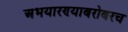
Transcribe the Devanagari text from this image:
अभयारण्याबरोबरच